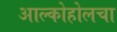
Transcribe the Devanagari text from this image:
आल्कोहोलचा